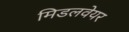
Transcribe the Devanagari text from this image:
मिडलवेयर